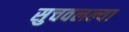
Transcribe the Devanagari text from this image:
सुचवलल्या